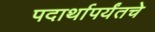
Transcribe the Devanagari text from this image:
पदार्थापर्यंतचे